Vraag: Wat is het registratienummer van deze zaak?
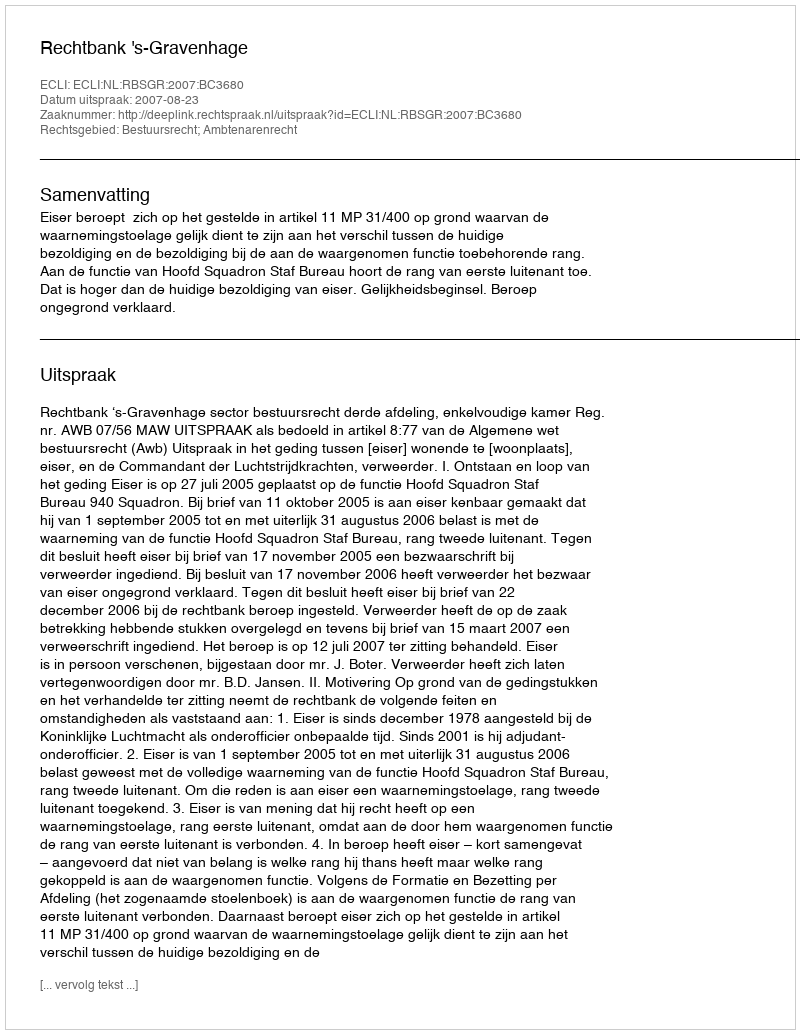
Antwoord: http://deeplink.rechtspraak.nl/uitspraak?id=ECLI:NL:RBSGR:2007:BC3680